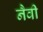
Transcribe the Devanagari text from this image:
नैवी